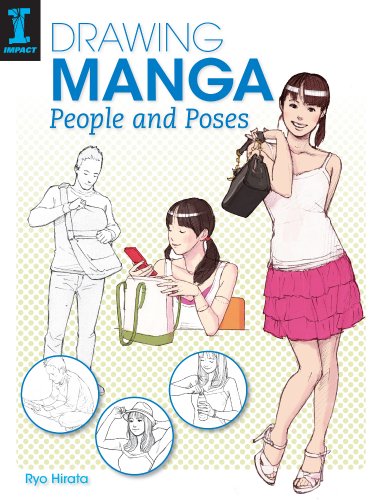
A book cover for Drawing Manga People and Poses; Ryo Hirata; Arts & Photography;